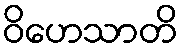
ဝိဟေသာတိ